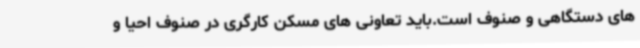
های دستگاهی و صنوف است.باید تعاونی های مسکن کارگری در صنوف احیا و